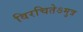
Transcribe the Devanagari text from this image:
विरचितेऽमुत्र